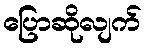
ပြောဆိုလျက်